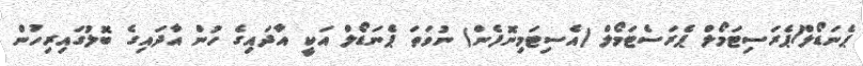
ޕެނަޑޯލް/ޕެރަސިޓަމޯލް ޕެރަސެޓަމޯލް (އެސިޓަމިނޮފެން) ނުވަތަ ޕެނަޑޯލް އަކީ އާދައިގެ ހުން އާދައިގެ ބޮލުގައިރިހުން